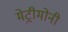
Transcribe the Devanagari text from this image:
मेट्रीमोनी